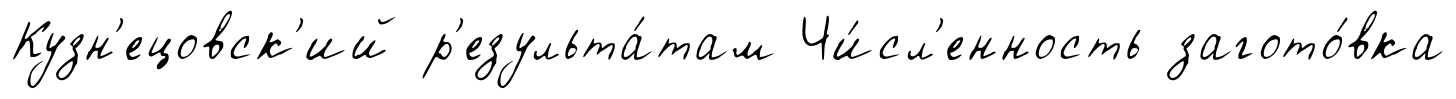
Кузн'ецовск'ий р'езульта́там Чи́сл'енность загото́вка